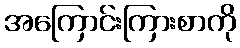
အကြောင်းကြားစာကို